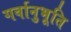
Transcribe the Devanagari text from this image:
गर्वानुभूति